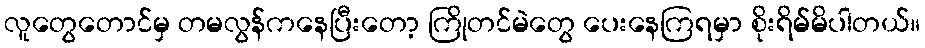
လူတွေတောင်မှ တမလွန်ကနေပြီးတော့ ကြိုတင်မဲတွေ ပေးနေကြရမှာ စိုးရိမ်မိပါတယ်။